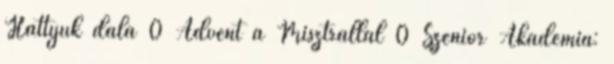
Hattyúk dala 0 Advent a Misztrállal 0 Szenior Akadémia: